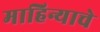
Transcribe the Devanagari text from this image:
माहिन्याचे